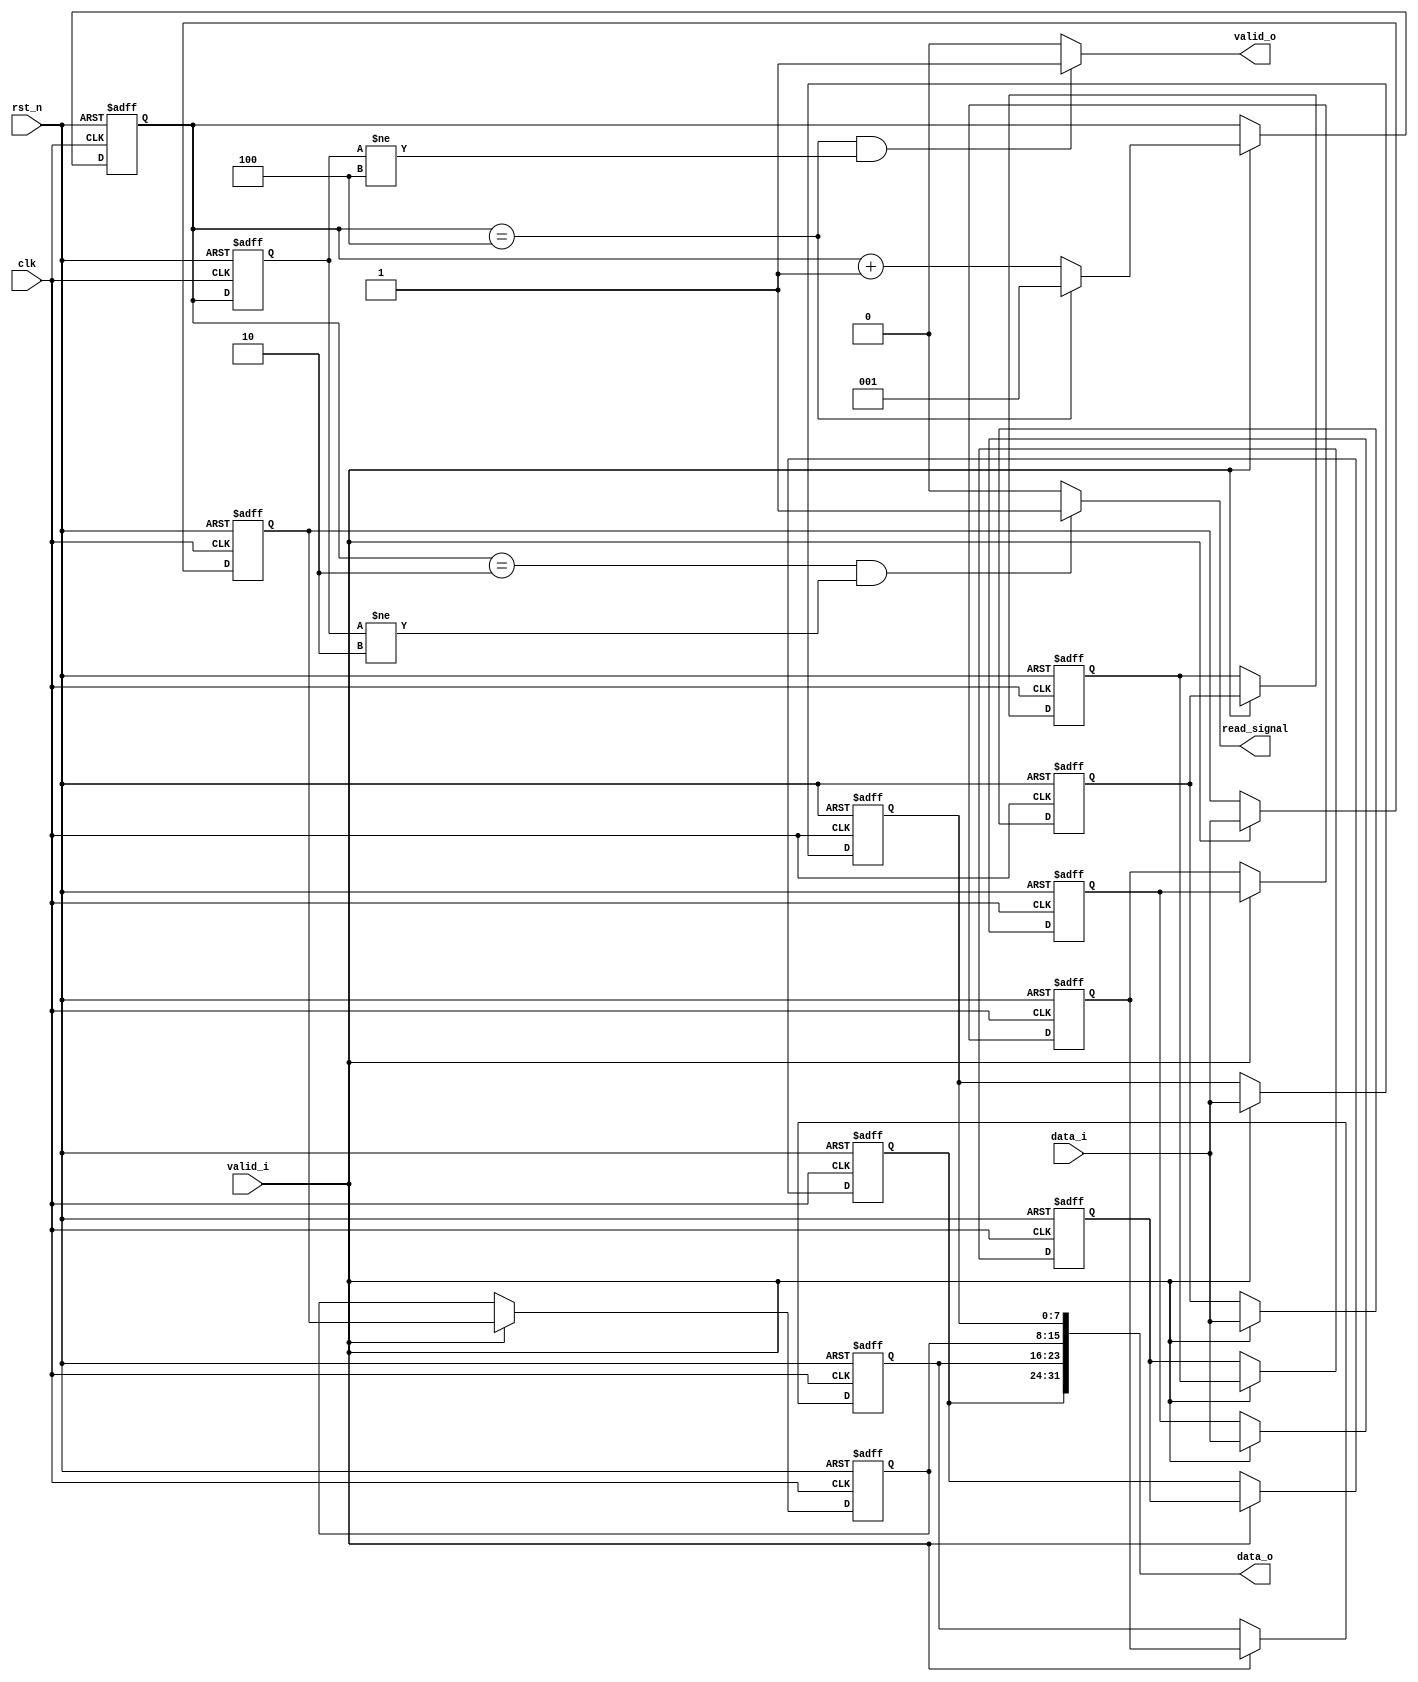
module sequence2parallel(
	input clk ,
	input rst_n ,
	
	input signed [7:0] data_i ,
	input valid_i ,
	
	output [31:0] data_o ,
	output reg valid_o ,
	output reg read_signal
);

	reg signed [7:0] buf_r1c1 , buf_r1c2 , buf_r1c3 , buf_r1c4 ;
	reg signed [7:0] buf_r2c1 , buf_r2c2 , buf_r2c3 ;
	reg signed [7:0] buf_r3c1 , buf_r3c2 ;
	reg signed [7:0] buf_r4c1 ;
	
	reg [2:0] counter ;
	reg [2:0] counter_delay ;
	
	assign data_o = {buf_r1c4,buf_r2c3,buf_r3c2,buf_r4c1} ;
	
	always@(posedge clk or negedge rst_n)
	begin
		if(!rst_n)
			begin
				buf_r1c1 <= 7'd0 ;
				buf_r1c2 <= 7'd0 ;
				buf_r1c3 <= 7'd0 ;
				buf_r1c4 <= 7'd0 ;
			end
		else
			begin
				if(valid_i==1'b1)
					begin
						buf_r1c1 <= data_i ;
						buf_r1c2 <= buf_r1c1 ;
						buf_r1c3 <= buf_r1c2 ;
						buf_r1c4 <= buf_r1c3 ;
					end
				else
					begin
						buf_r1c1 <= buf_r1c1 ;
						buf_r1c2 <= buf_r1c2 ;
						buf_r1c3 <= buf_r1c3 ;
						buf_r1c4 <= buf_r1c4 ;
					end
			end
	end
	
	always@(posedge clk or negedge rst_n)
	begin
		if(!rst_n)
			begin
				buf_r2c1 <= 7'd0 ;
				buf_r2c2 <= 7'd0 ;
				buf_r2c3 <= 7'd0 ;
			end
		else
			begin
				if(valid_i==1'b1)
					begin
						buf_r2c1 <= data_i ;
						buf_r2c2 <= buf_r2c1 ;
						buf_r2c3 <= buf_r2c2 ;
					end
				else
					begin
						buf_r2c1 <= buf_r2c1 ;
						buf_r2c2 <= buf_r2c2 ;
						buf_r2c3 <= buf_r2c3 ;
					end
			end
	end
	
	always@(posedge clk or negedge rst_n)
	begin
		if(!rst_n)
			begin
				buf_r3c1 <= 7'd0 ;
				buf_r3c2 <= 7'd0 ;
			end
		else
			begin
				if(valid_i==1'b1)
					begin
						buf_r3c1 <= data_i ;
						buf_r3c2 <= buf_r3c1 ;
					end
				else
					begin
						buf_r3c1 <= buf_r3c1 ;
						buf_r3c2 <= buf_r3c2 ;
					end
			end
	end
	
	always@(posedge clk or negedge rst_n)
	begin
		if(!rst_n)
			begin
				buf_r4c1 <= 7'd0 ;
			end
		else
			begin
				if(valid_i==1'b1)
					buf_r4c1 <= data_i ;
				else
					buf_r4c1 <= buf_r4c1 ;
			end
	end
	
	always@(posedge clk or negedge rst_n)
	begin
		if(!rst_n)
			begin
				counter <= 3'b000 ;
			end
		else
			begin
				if(valid_i==1'b1)
					begin
						if(counter==3'b100)
							counter <= 3'b001 ;
						else
							counter <= counter + 1 ;
					end
				else
					counter <= counter ;
			end
	end
	
	always@(posedge clk or negedge rst_n)
	begin
		if(!rst_n)
			begin
				counter_delay <= 3'b000 ;
			end
		else
			counter_delay <= counter ;
	end

	always@(*)
	begin
		if(counter==3'b100 && counter_delay!=3'b100)
			valid_o = 1'b1 ;
		else
			valid_o = 1'b0 ;
	end
	
	always@(*)
	begin
		if(counter==3'b010 && counter_delay!=3'b010)
			read_signal = 1'b1 ;
		else
			read_signal = 1'b0 ;
	end

endmodule